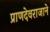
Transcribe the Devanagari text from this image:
प्राणदेवराजाने